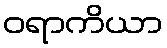
ဝရာကိယာ